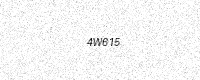
Text: 4W615